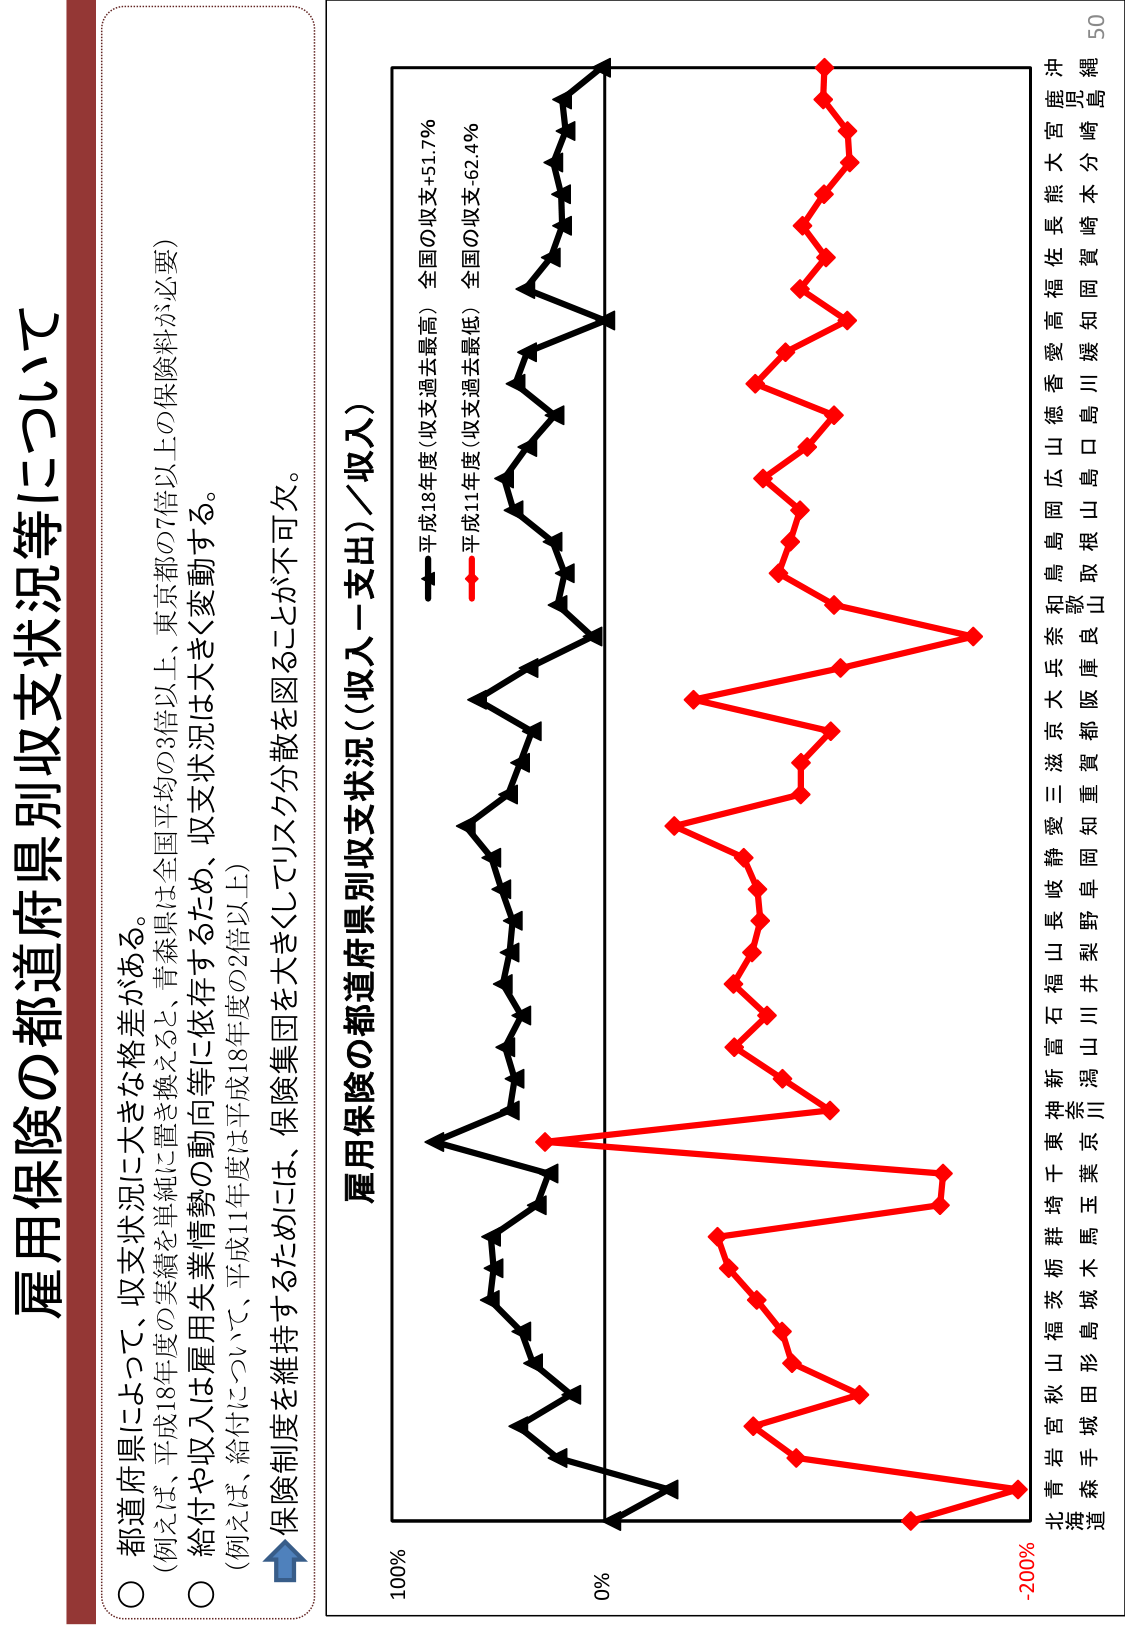
雇用保険の都道府県別収支状況等について

○ 都道府県によって、収支状況に大きな格差がある。
（例えば、平成18年度の実績を単純に置き換えると、青森県は全国平均の3倍以上、東京都の7倍以上の保険料が必要）

○ 給付や収入は雇用失業情勢の動向等に依存するため、収支状況は大きく変動する。
（例えば、給付について、平成11年度は平成18年度の2倍以上）

保険制度を維持するためには、保険集団を大きくしてリスク分散を図ることが不可欠。

雇用保険の都道府県別収支状況（収入－支出）／収入）

- 平成18年度（収支過去最高） 全国の収支＋51.7％
- 平成11年度（収支過去最低） 全国の収支－62.4％

100% 0% -200%

北青岩宮秋山福茨栃群埼千葉神新富石福山長岐静愛三滋京大兵奈和鳥岡広山徳香愛高福佐長熊大宮鹿沖
海森手城田形島城木馬玉葉京川潟山川井梨野早岡知重賀都阪庫良山歌取根山島口島川媛知岡賀崎本分崎縄
道

50